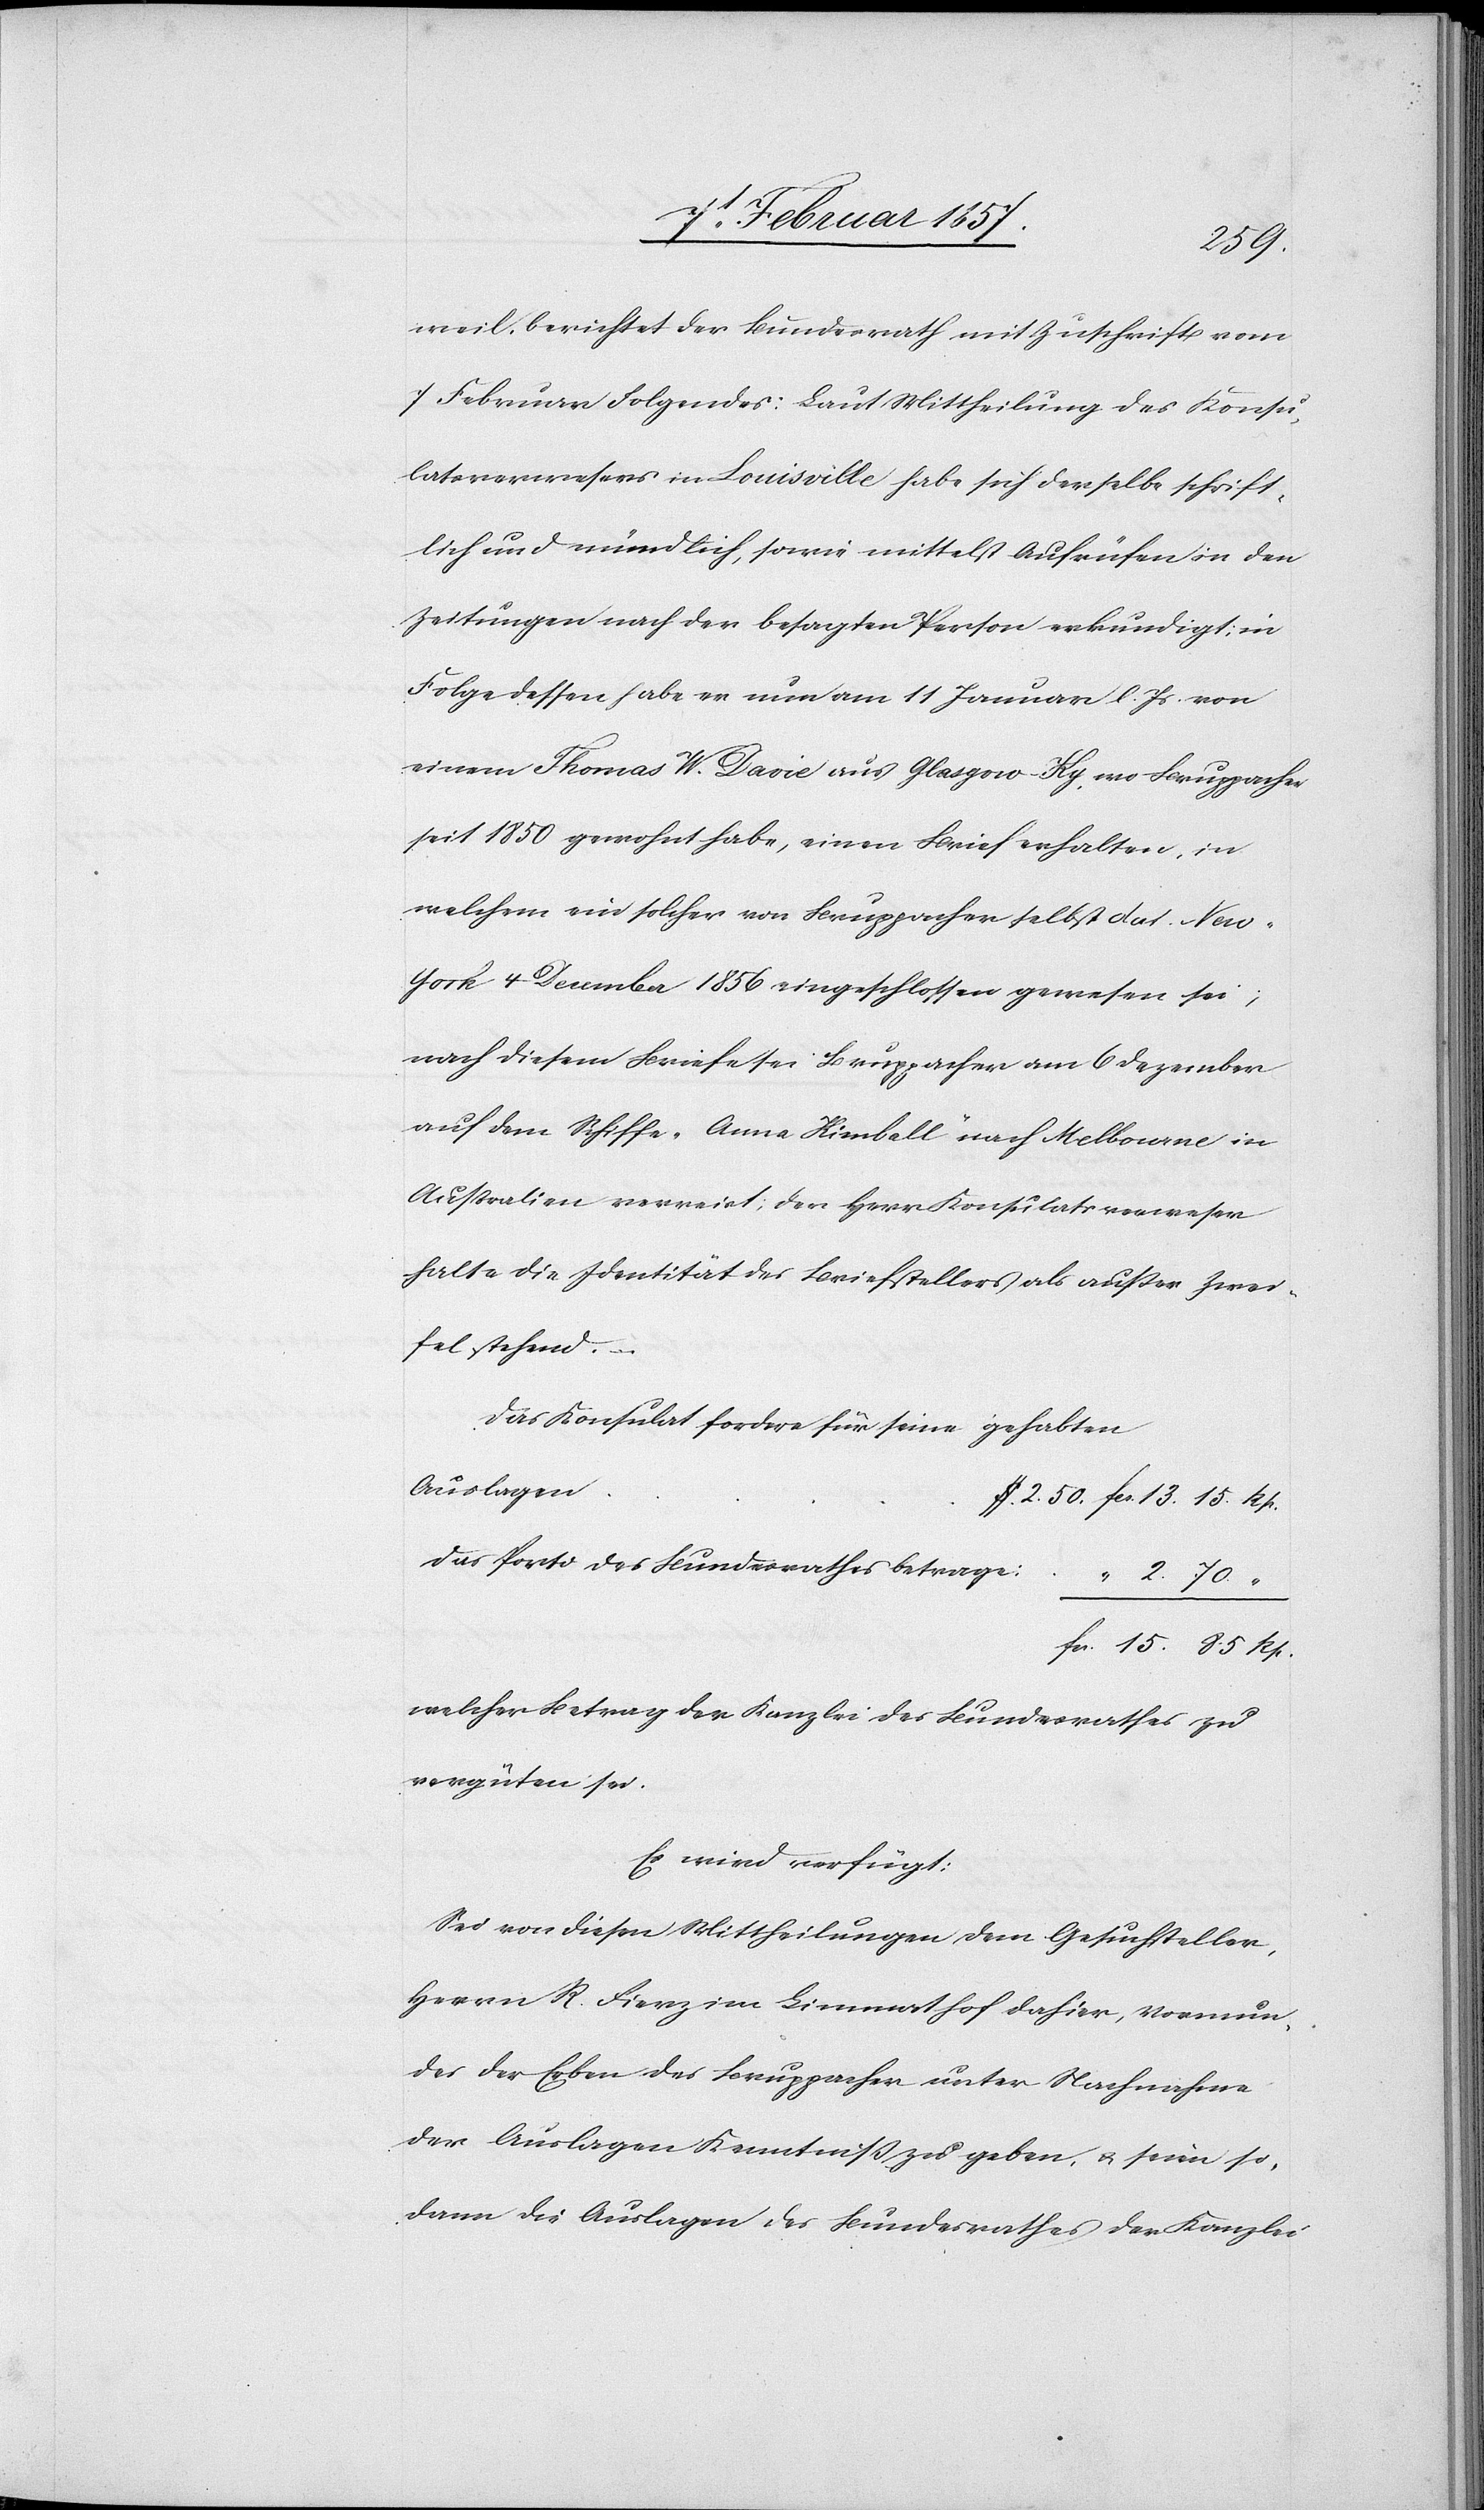
$
Rp.
weil, berichtet der Bundesrath mit Zuschrift vom
7 Februar Folgendes: Laut Mittheilung des Konsu¬
latsverwesers in Louisville habe sich derselbe schrift¬
lich und mündlich, sowie mittelst Aufrüfen in den
Zeitungen nach der besagten Person erkundigt; in
Folge dessen habe er nun am 11 Januar l. Js. von
einem Thomas W. Davie aus Glasgow Ky, wo Bruppacher
seit 1850 gewohnt habe, einen Brief erhalten, in
welchem ein solcher von Bruppacher selbst dat. New-Y¬
ork 4 December 1856 eingeschlossen gewesen sei,
nach diesem Briefe sei Bruppacher am 6 Dezember
auf dem Schiffe „Anna Kimbell“ nach Melbourne in
Australien verreist; der Herr Konsulatsverweser
halte die Identität des Briefstellers als ausser Zwei¬
fel stehend.
Das Konsulat fordere für seine gehabten
Auslagen
Das Porto des Bundesrathes betrage:
welcher Betrag der Kanzlei des Bundesrathes zu
vergüten sei.
Es wird verfügt:
Sei von diesen Mittheilungen dem Gesuchsteller,
Herrn R. Fierz im Limmathof dahier, Vormun¬
des der Erben des Bruppacher unter Nachnahme
der Auslagen Kenntniß zu geben, u. seien so¬
dann die Auslagen des Bundesrathes der Kanzlei